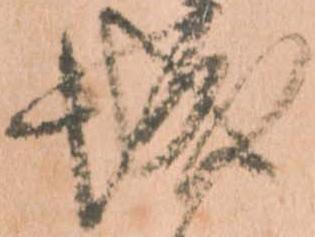
城